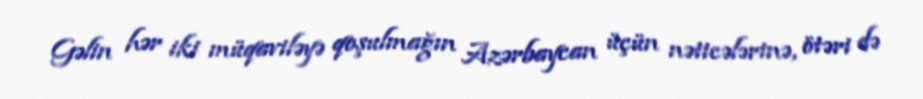
Gəlin hər iki müqaviləyə qoşulmağın Azərbaycan üçün nəticələrinə, ötəri də